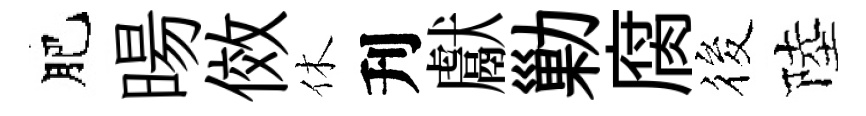
肥暘傚休刋獻勦腐筱陸